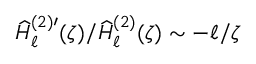
\widehat { H } _ { \ell } ^ { ( 2 ) \prime } ( \zeta ) / \widehat { H } _ { \ell } ^ { ( 2 ) } ( \zeta ) \sim - \ell / \zeta